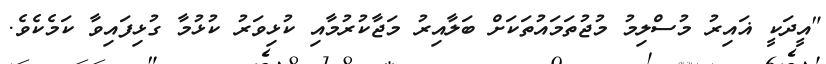
"އީދަކީ ޣައިރު މުސްލިމު މުޖުތަމައުތަކަށް ބަލާއިރު މަޖާކުރުމާއި ކުޅިވަރު ކުޅުމާ ގުޅިފައިވާ ކަމެކެވެ.